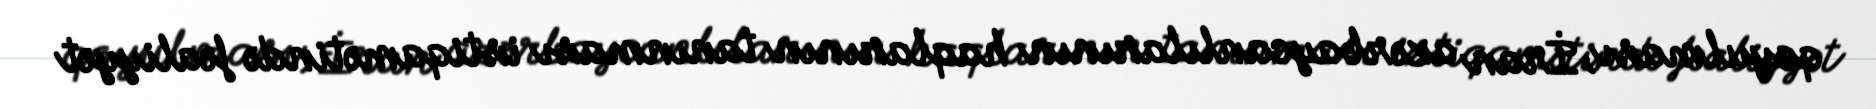
qoyulması, İran azərbaycanlılarının haqlarının tanınması istiqamətində fəaliyyət